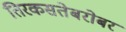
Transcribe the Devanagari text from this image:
तिरकसतेबरोबर